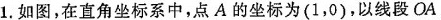
1.如图，在直角坐标系中，点A的坐标为(1，0)，以线段OA